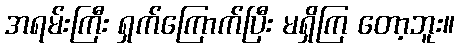
အရမ်းကြီး ရှက်ကြောက်ပြီး မရှိကြ တော့ဘူး။